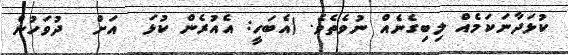
ކުޅަދާނަކަމެއް ލިބިގެނެއް ނުވެތެވެ. (އެބަހީ: އެއުރެން ކުޅަ  އަށް  ދުވަހުން